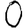
Digit: 0